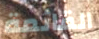
القائمة